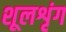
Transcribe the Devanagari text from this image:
शूलशृंग